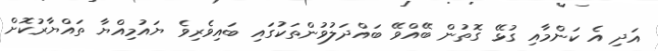
އަދި އެ ކަންމާއި ގުޅޭ ގޮތުން ބޭއްވޭ ބައްދަލުވުންތަކުގައި ބައިވެރިވެ ޔައުމިއްޔާ ތައްޔާރުކޮށް